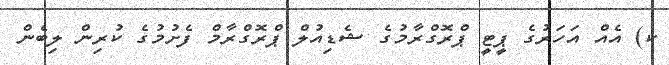
ކ) އެއް އަހަރުގެ ޕީޓީ ޕްރޮގްރާމުގެ ޝެޑިއުލް ޕްރޮގްރާމް ފެށުމުގެ ކުރިން ލިބެން